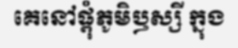
គេនៅផ្តុំភូមិឫស្សី ក្នុង